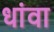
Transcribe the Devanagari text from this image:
धांवा